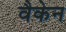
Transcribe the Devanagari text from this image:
वैकेन